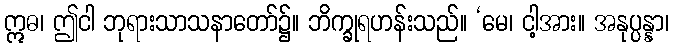
ဣဓ၊ ဤငါ ဘုရားသာသနာတော်၌။ ဘိက္ခုရဟန်းသည်။ ‘မေ၊ ငါ့အား။ အနုပ္ပန္နာ၊